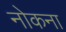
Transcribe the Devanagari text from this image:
नोकना